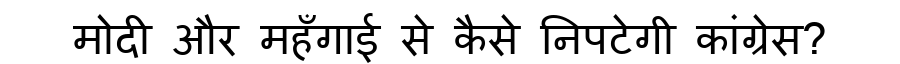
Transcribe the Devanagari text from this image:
मोदी और महँगाई से कैसे निपटेगी कांग्रेस?